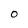
Character: O